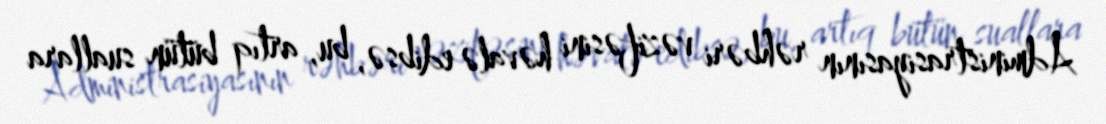
Administrasiyasının rəhbəri vəzifəsini həvalə edibsə, bu, artıq bütün suallara